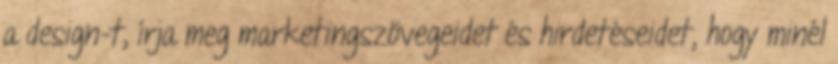
a design-t, írja meg marketingszövegeidet és hirdetéseidet, hogy minél